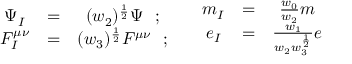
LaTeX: \begin{array} { c c c } { { \Psi _ { I } } } & { { = } } & { { ( w _ { 2 } ) ^ { \frac { 1 } { 2 } } \Psi ~ ~ ; } } \\ { { F _ { I } ^ { \mu \nu } } } & { { = } } & { { ( w _ { 3 } ) ^ { \frac { 1 } { 2 } } F ^ { \mu \nu } ~ ~ ; } } \end{array} \quad \begin{array} { c c c } { { m _ { I } } } & { { = } } & { { \frac { w _ { 0 } } { w _ { 2 } } m } } \\ { { e _ { I } } } & { { = } } & { { \frac { w _ { 1 } } { w _ { 2 } w _ { 3 } ^ { \frac { 1 } { 2 } } } e } } \end{array}